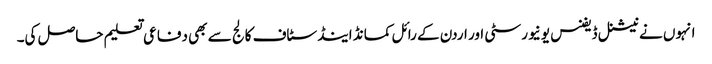
انہوں نے نیشنل ڈیفنس یونیورسٹی اور اردن کے رائل کمانڈ اینڈ سٹاف کالج سے بھی دفاعی تعلیم حاصل کی۔